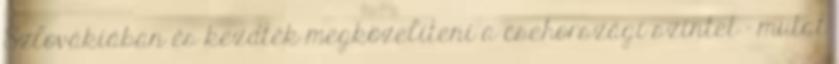
Szlovákiában és kezdték megközelíteni a csehországi szintet – mutat